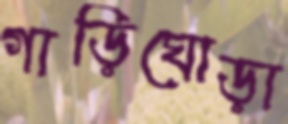
গাড়িঘোড়া